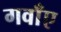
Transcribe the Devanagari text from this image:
गवाँए